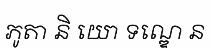
ភូតា និ យោ ទណ្ឌេ ន